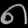
Digit: ၈